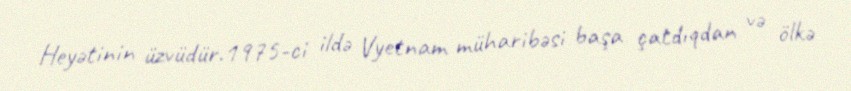
Heyətinin üzvüdür.1975-ci ildə Vyetnam müharibəsi başa çatdıqdan və ölkə